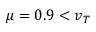
\mu = 0 . 9 < v _ { T }